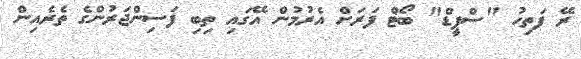
ރޭ ފަތިހު "ސްޕީޑް" ބޯޓް ފަރަށް އެރުމުން އޭގައި ތިބި ފަސިންޖަރުންގެ ތެރެއިން